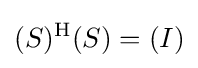
(S)^{\mathrm {H} }(S)=(I)